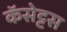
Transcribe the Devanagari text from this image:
कॅसेट्टस